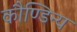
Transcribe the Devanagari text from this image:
कौण्डिन्य